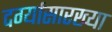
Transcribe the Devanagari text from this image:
दर्ग्यासारख्या